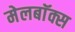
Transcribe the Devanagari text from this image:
मेलबाॅक्स